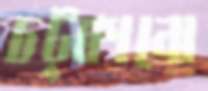
চট্‌কানো